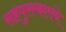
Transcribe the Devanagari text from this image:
सहपुरस्कारांचे